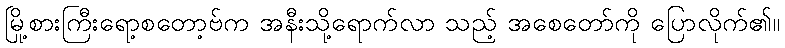
မြို့စားကြီးရော့စတော့ဗ်က အနီးသို့ရောက်လာ သည့် အစေတော်ကို ပြောလိုက်၏။